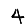
Digit: 4